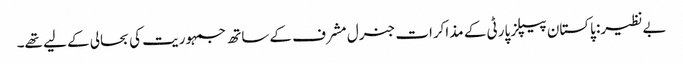
بےنظیر: پاکستان پیپلز پارٹی کے مذاکرات جنرل مشرف کے ساتھ جمہوریت کی بحالی کے لیے تھے۔